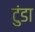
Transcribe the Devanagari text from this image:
टुंडा